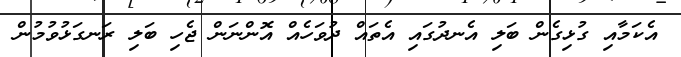
އެކަމާއި ގުޅިގެން ބަލި އެނދުގައި އެތައް ދުވަހެއް އޮންނަން ޖެހި ބަލި ރަނގަޅުވުމުން